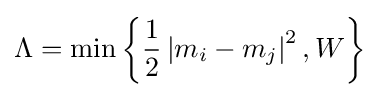
\Lambda =\min \left\{{\frac {1}{2}}\left|m_{i}-m_{j}\right|^{2},W\right\}